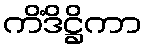
ကိံဒိဋ္ဌိကာ